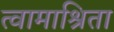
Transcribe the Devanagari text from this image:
त्वामाश्रिता